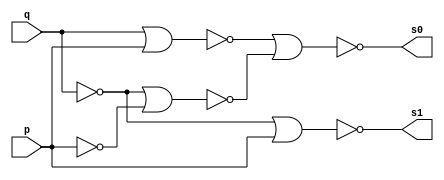
// ---------------------------
// Guia 04 - Exercicio 4
// Nome: Marco Antonio M. Belo
// ---------------------------

// ---------------------------
// -- Meia Difenca com Nor
// ---------------------------

module meia_diferenca(s0, s1, p, q);
 output s0, s1;
 input  p,q;
 wire temp1, temp2, temp3, temp4, temp5, temp6, temp7, temp8;
 
// -- Not
nor NOR1(temp1, p, p);

// -- And
nor NOR2(temp2, temp1, temp1);
nor NOR3(temp3, q, q);
nor NOR4(s1, temp3, temp2);

// -- Xor
nor NOR5(temp5, p, p);
nor NOR6(temp6, q, q);
nor NOR7(temp7, temp6, temp5);
nor NOR8(temp8, q, p);
nor NOR9(s0, temp8, temp7);
 
endmodule 

// ---------------------
// -- test 
// ---------------------

module test;
 reg   a, b;
 wire  s0, s1;
          // instancia
 meia_diferenca MD1(s1, s0, a, b);
 
 initial begin:start
      a=0; b=0; 
 end

          // parte principal
 initial begin:main
      $display("Exercico 4 - GUIA 04\nMarco Antonio M. Belo - 410796\n");
      $display("Meia Diferna com Nor");
      $display("\na - b = s\n");
      $monitor("%b - %b = %b", a, b,s0, s1);
  #1  a=0; b=1; 
  #1  a=1; b=0; 
  #1  a=1; b=1; 
  
 end
endmodule // testxorgate